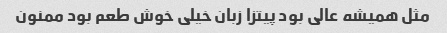
مثل همیشه عالی بود پیتزا زبان خیلی خوش طعم بود ممنون